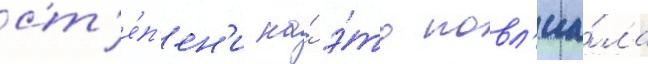
ст'е́п'ен'и на́ э́то повл'иа́ла